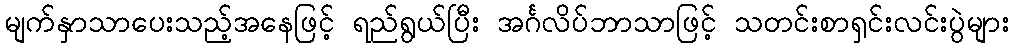
မျက်နှာသာပေးသည့်အနေဖြင့် ရည်ရွယ်ပြီး အင်္ဂလိပ်ဘာသာဖြင့် သတင်းစာရှင်းလင်းပွဲများ